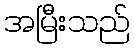
အမြီးသည်